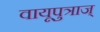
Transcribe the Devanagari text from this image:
वायूपुत्राज्